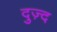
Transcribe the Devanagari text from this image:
दुज़्द